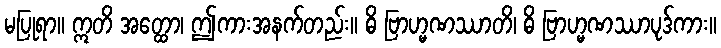
မပြုရာ။ ဣတိ အတ္ထော၊ ဤကားအနက်တည်း။ ဓိ ဗြာဟ္မဏဿာတိ၊ ဓိ ဗြာဟ္မဏဿာပုဒ်ကား။